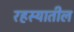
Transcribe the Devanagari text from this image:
रहस्यातील